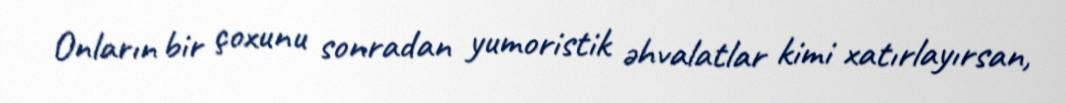
Onların bir çoxunu sonradan yumoristik əhvalatlar kimi xatırlayırsan,